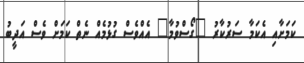
ކަމަށާއި އެކަމާ ސަރުކާރު "ގޯސްވުމާ" އެއްވެސް ގުޅުމެއް ނެތް ކަމަށް ވެސް އަދީބު